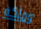
وملكة